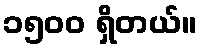
၁၅ဝဝ ရှိတယ်။